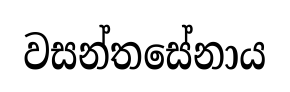
වසන්තසේනාය